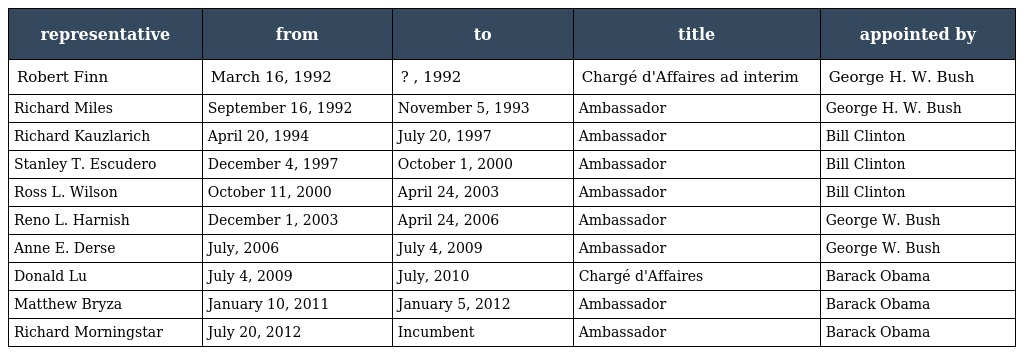
| representative | from | to | title | appointed by |
 | --- | --- | --- | --- | --- |
 | Robert Finn | March 16, 1992 | ? , 1992 | Chargé d'Affaires ad interim | George H. W. Bush |
 | Richard Miles | September 16, 1992 | November 5, 1993 | Ambassador | George H. W. Bush |
 | Richard Kauzlarich | April 20, 1994 | July 20, 1997 | Ambassador | Bill Clinton |
 | Stanley T. Escudero | December 4, 1997 | October 1, 2000 | Ambassador | Bill Clinton |
 | Ross L. Wilson | October 11, 2000 | April 24, 2003 | Ambassador | Bill Clinton |
 | Reno L. Harnish | December 1, 2003 | April 24, 2006 | Ambassador | George W. Bush |
 | Anne E. Derse | July, 2006 | July 4, 2009 | Ambassador | George W. Bush |
 | Donald Lu | July 4, 2009 | July, 2010 | Chargé d'Affaires | Barack Obama |
 | Matthew Bryza | January 10, 2011 | January 5, 2012 | Ambassador | Barack Obama |
 | Richard Morningstar | July 20, 2012 | Incumbent | Ambassador | Barack Obama |